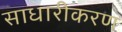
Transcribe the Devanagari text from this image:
साधारीकरण